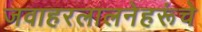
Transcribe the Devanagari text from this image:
जवाहरलालनेहरूंचे